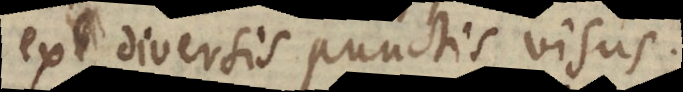
ex diversis punctis visus.